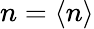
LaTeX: n=\langle n\rangle